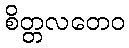
စိတ္တလတေဝ